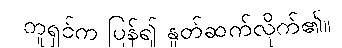
တူရှင်က ပြန်၍ နှုတ်ဆက်လိုက်၏။